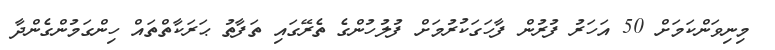
މިނިވަންކަމަށް 50 އަހަރު ފުރުން ފާހަގަކުރުމަށް ފުލުހުންގެ ތެރޭގައި ތަފާތު ޙަރަކާތްތައް ހިންގަމުންގެންދާ